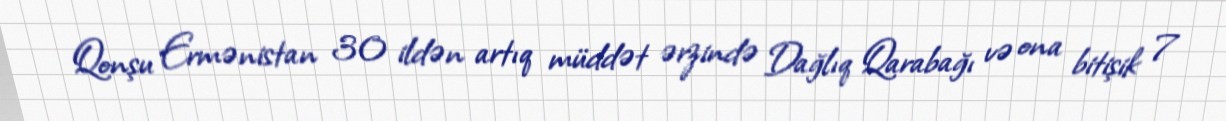
Qonşu Ermənistan 30 ildən artıq müddət ərzində Dağlıq Qarabağı və ona bitişik 7